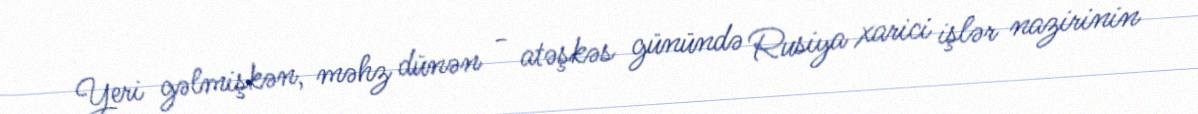
Yeri gəlmişkən, məhz dünən - atəşkəs günündə Rusiya xarici işlər nazirinin